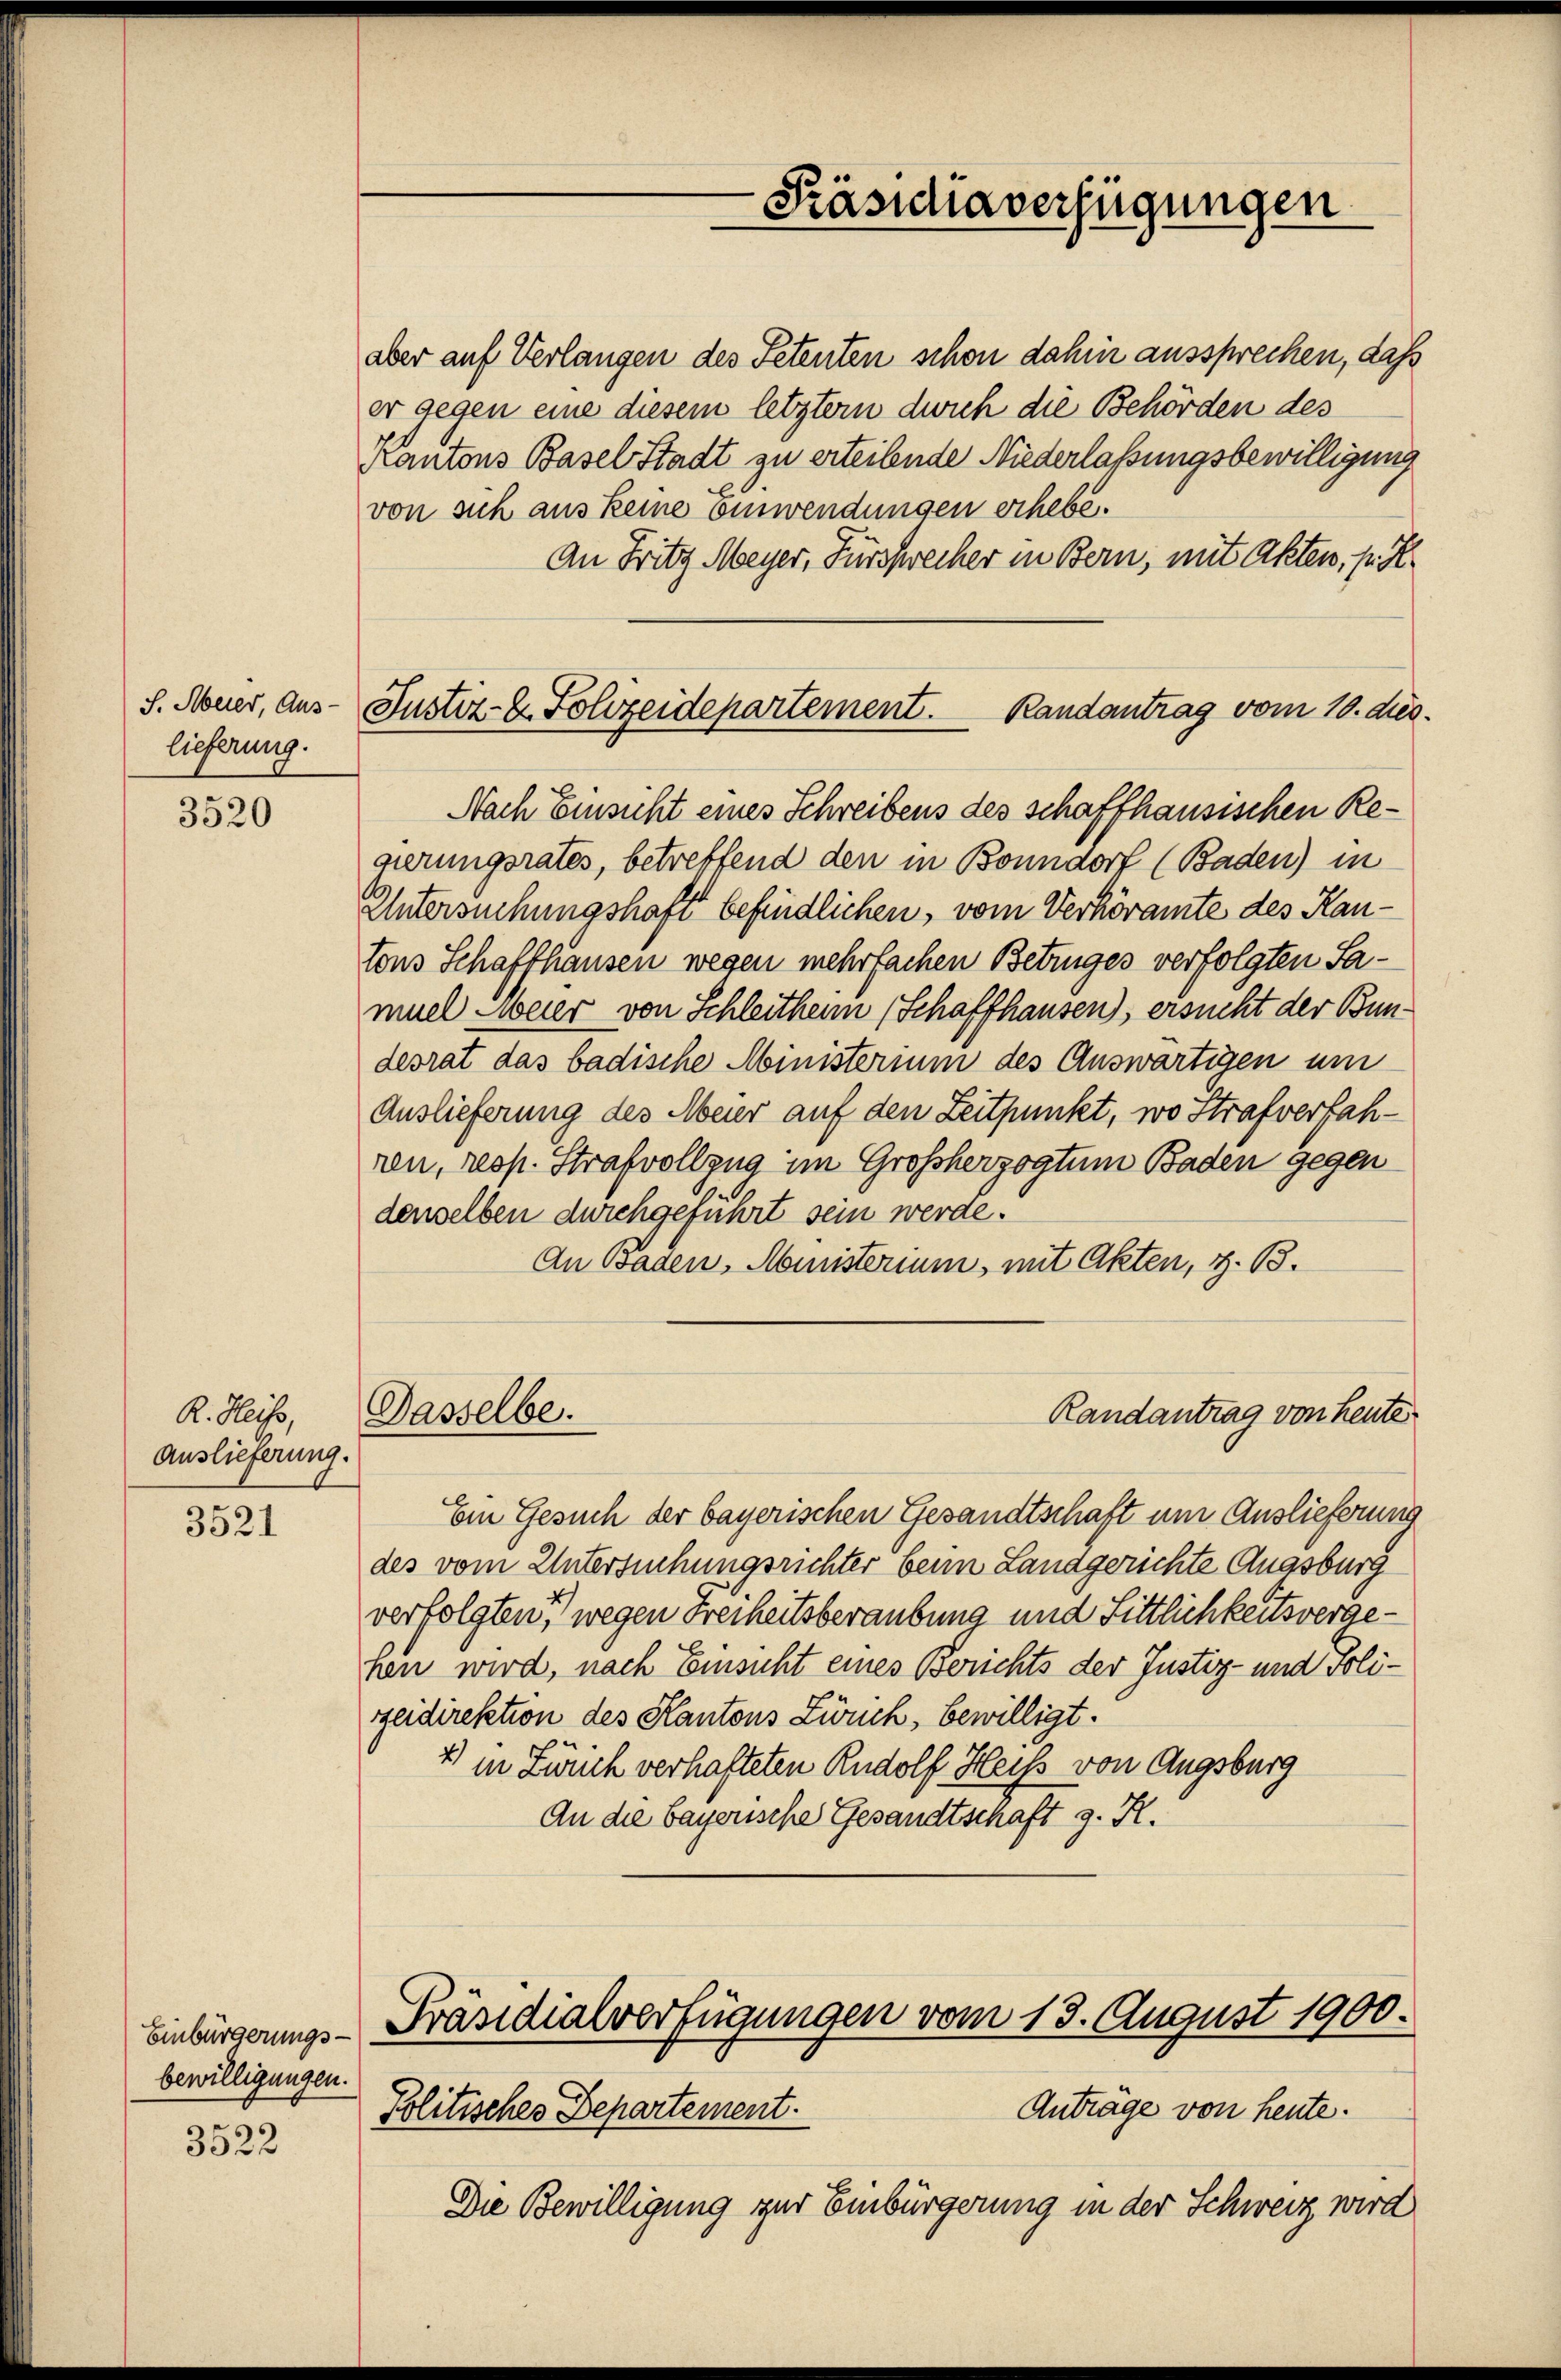
S. Meier, Aus-
lieferung.

3520

R. Heiss,
Auslieferung.

3521

3522

Einbürgerungs-
bewilligungen.

Justiz- & Polizeidepartement. Randantrag vom 10. dies

aber auf Verlangen des Petenten schon dahin aussprechen, daß
er gegen eine diesem letztem dich die Behörden des
Kantons Basel Stadt zu erteilende Niederlaßungsbewilligung
von sich aus keine einwendungen erhebe.
An Fritz Meyer, Fürszwecker in Bern, mit Akten, pr. H.
Nach Einsicht eines Schreibens des schaffhausischen Regierungsrates, betreffend den in Bonndorf (Baden) in
Untersuchungshaft befindlichen, vom Verhöramte des Kantons Schaffhausen wegen mehrfachen Betruges verfolgten Samuel Weier von Schleithen (Schaffhausen), ersucht der Bundesrat das badische Ministerium des Auswärtigen um
Auslieferung des Meier auf den Zeitpunkt, wo Strafverfahren, resp. Strafvollzug im Großherzogtum Baden gegen
denselben durchgeführt sein werde.
An Baden, Ministerium, mit Akten, z. B.
Dasselbe.
Randantrag von Heute
Ein Gesuch der bayerischen Gesandtschaft um Auslieferung
des vom Untersuchungsrichter beim Landgerichte Augsburg
verfolgten, wegen Freiheitsberaubung und Sittlichkeitsvergehen wird, nach Einsicht eines Berichts der Justiz- und Poligeidirektion des Kantons Zürich, bewilligt.
4) in Zürich verhafteten Rudolf Heiss von Augsburg
An die bayerische Gesandtschaft z. R.

Präsich verfügungen

Präsidialverfügungen vom 13. August 1900.
Anträge von heute.
Politisches Departement.
Die Bewilligung zur Einbürgerung in der Schweiz wird